Rangoon Lunatic Asylum 1898-1906 - 1898-1906
Year: 1898
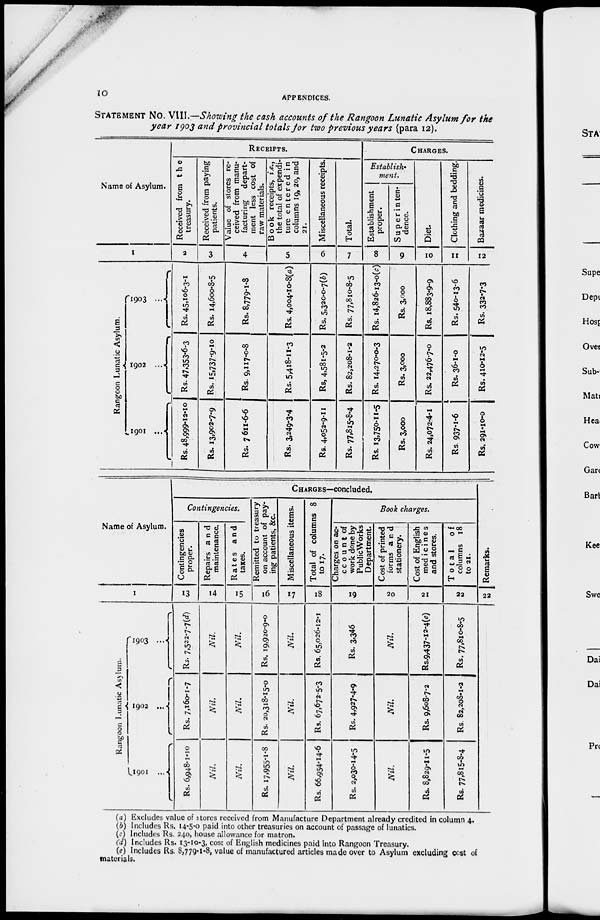
10
APPENDICES.
STATEMENT No. VIII.—Showing the cash accounts of the Rangoon Lunatic Asylum for the
year 1903 and provincial totals for two previous years (para 12).
Name of Asylum.
1
Rangoon Lunatic Asylum.
1903 ...
1902 ...
1901
...
RECEIPTS.
Received from
the
treasury.
2
Rs. 45,106-3-1
Rs. 47,353-6-3
Rs. 48,999-12-10
Received from paying
patients.
3
Rs. 14,600-8-5
Rs. 15,737-9-10
Rs. 13,902-7-9
Value of stores re-
ceived from manu-
facturing
depart-
ment less cost of
raw materials.
4
Rs. 8,779-1-8
Rs. 9,117-0-8
Rs. 7611-6-6
Book receipts, i.e.,
the total of expendi-
ture entered in
columns 19, 20, and
21.
5
Rs. 4,004-10-8(a)
Rs. 5,418-11-3
Rs. 3,249-3-4
Miscellaneous receipts.
6
Rs. 5,320-0-7(b)
Rs, 4,581-5-2
Rs. 4,052-9-11
Total.
7
Rs. 77,810-8-5
Rs. 82,208-1-2
Rs. 77,815-8-4
CHARGES.
Establish¬
ment.
Establishment
proper.
8
Rs. 14,826-13-0(c)
Rs. 14,270-0-3
Rs. 13,750-11-5
Superinten¬
dence.
9
Rs. 3,000
Rs. 3,000
Rs. 3,000
Diet.
10
Rs. 18,883-9-9
Rs. 22,476-7-0
Rs. 24,072-4-1
Clothing and bedding.
11
Rs. 540-13-6
Rs. 36-1-0
Rs 937-1-6
Bazaar medicines.
12
Rs. 332-7-3
Rs. 410-12-5
Rs. 291-10-0
Name of Asylum.
1
Ra ngoon Lunatic Asylum.
1903 ...
1902 ...
1901 ...
CHARGES—concluded.
Contingencies.
Contingencies
proper.
13
Rs. 6, 948- 1- 10
Rs. 7,160-1-7
Rs. 7,522-7-7(d)
Repairs and
maintenance.
14
Nil.
Nil.
Nil.
Rates and
taxes.
15
Nil.
Nil.
Nil.
Remitted to treasury
on account of pay-
ing patients, &c.
16
Rs. 17,955-1-8
Rs. 20,318-15-0
Rs. 19,920-9-0
Miscellaneous items.
17
Nil
Nil.
Nil.
Total of columns 8
to 17.
18
Rs. 66,954-14-6
Rs. 67,672-5-3
Rs. 65,026-12-1
Book charges.
Charges on ac¬
ccount of
work done by
PublicWorks
Department.
19
Rs. 2,030-14-5
Rs. 4,927-4-9
Rs. 3,346
Cost of printed
forms and
stationery.
20
Nil.
Nil.
Nil.
Cost of English
medicines
and stores.
21
Rs. 8,829-11-5
Rs. 9,608-7-2
Rs.9,437-12-4(e)
Total
of
columns 18
to 21.
22
Rs. 77,815-8-4
Rs. 82,208-1-2
Rs. 77,810-8-5
Remarks.
22
(a) Excludes value of stores received from Manufacture Department already credited in column 4.
(b) Includes Rs. 14-5-0 paid into other treasuries on account of passage of lunatics.
(c) Includes Rs. 240, house allowance for matron.
(d) Includes Rs. 13-10-3, cost of English medicines paid into Rangoon Treasury.
(e) Includes Rs. 8,779-1-8, value of manufactured articles made over to Asylum excluding cost of
materials.